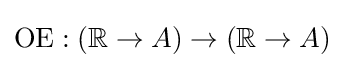
\operatorname {OE} \mathrel {:} (\mathbb {R} \to A)\to (\mathbb {R} \to A)